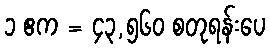
၁ ဧက = ၄၃,၅၆၀ စတုရန်းပေ